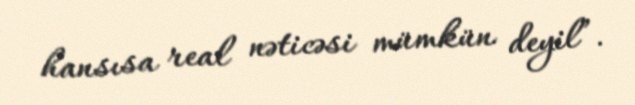
hansısa real nəticəsi mümkün deyil”.